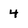
Character: 4